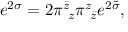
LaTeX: e ^ { 2 \sigma } = 2 \pi _ { ~ z } ^ { \bar { z } } \pi _ { ~ \bar { z } } ^ { z } e ^ { 2 \tilde { \sigma } } ,